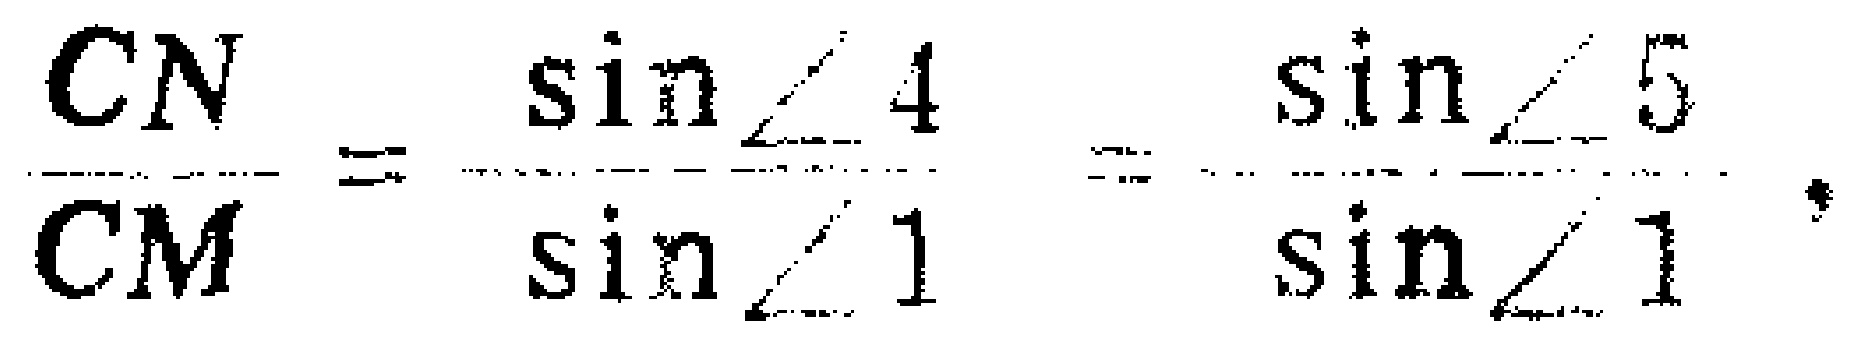
\(\frac{CN}{CM}=\frac{\sin\angle 4}{\sin\angle 1}=\frac{\sin\angle 5}{\sin\angle 1}\)